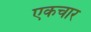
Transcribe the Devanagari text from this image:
एकचार